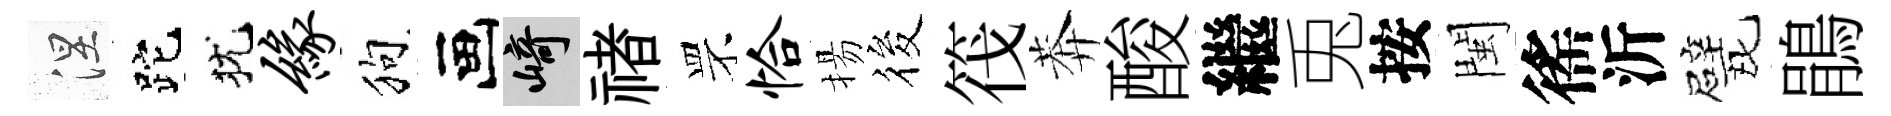
涅跎犹缘狗画崎禇罘恰揚筱筏莾酸繼兎按閩徭沂戏鵑